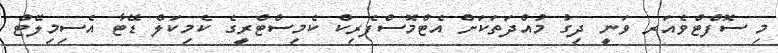
މި ސޮފްޓްވެއަރ ވަނީ ދިގު މުއްދަތަކަށް އެޓްމޮސްފެރިކް ކެމިސްޓްރީގެ ކެމިކަލް ޑޭޓާ އެސިމިލޭޓް